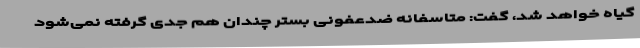
گیاه خواهد شد، گفت: متاسفانه ضدعفونی بستر چندان هم جدی گرفته نمی‌شود